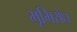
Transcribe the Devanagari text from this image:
भूमिरोध